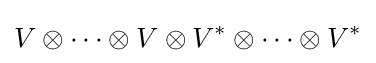
V\otimes \cdots \otimes V\otimes V^{*}\otimes \cdots \otimes V^{*}